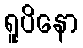
ရူပိနော